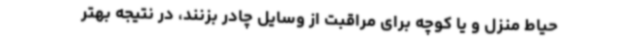
حیاط منزل و یا کوچه برای مراقبت از وسایل چادر بزنند، در نتیجه بهتر